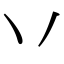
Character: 丷